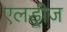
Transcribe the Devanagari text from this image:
एलड्रीज